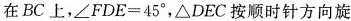
在BC上，∠FDE=45°，△DEC按顺时针方向旋